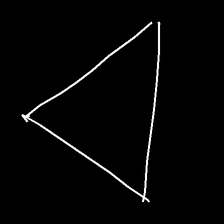
Glyph: convergence